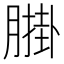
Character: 𦟺